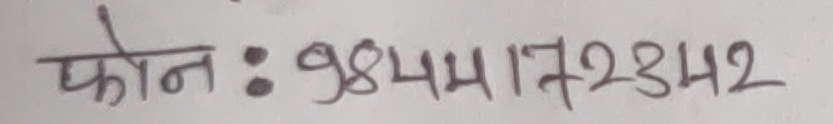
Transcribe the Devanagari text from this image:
फोन : 9844172342